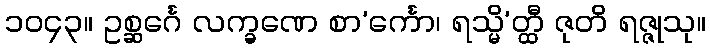
၁၀၄၃။ ဥစ္ဆင်္ဂေ လက္ခဏေ စာ’င်္ကော၊ ရသ္မိ’တ္ထီ ဇုတိ ရဇ္ဇုသု။